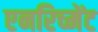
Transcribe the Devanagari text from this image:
एनरिच्मेंट